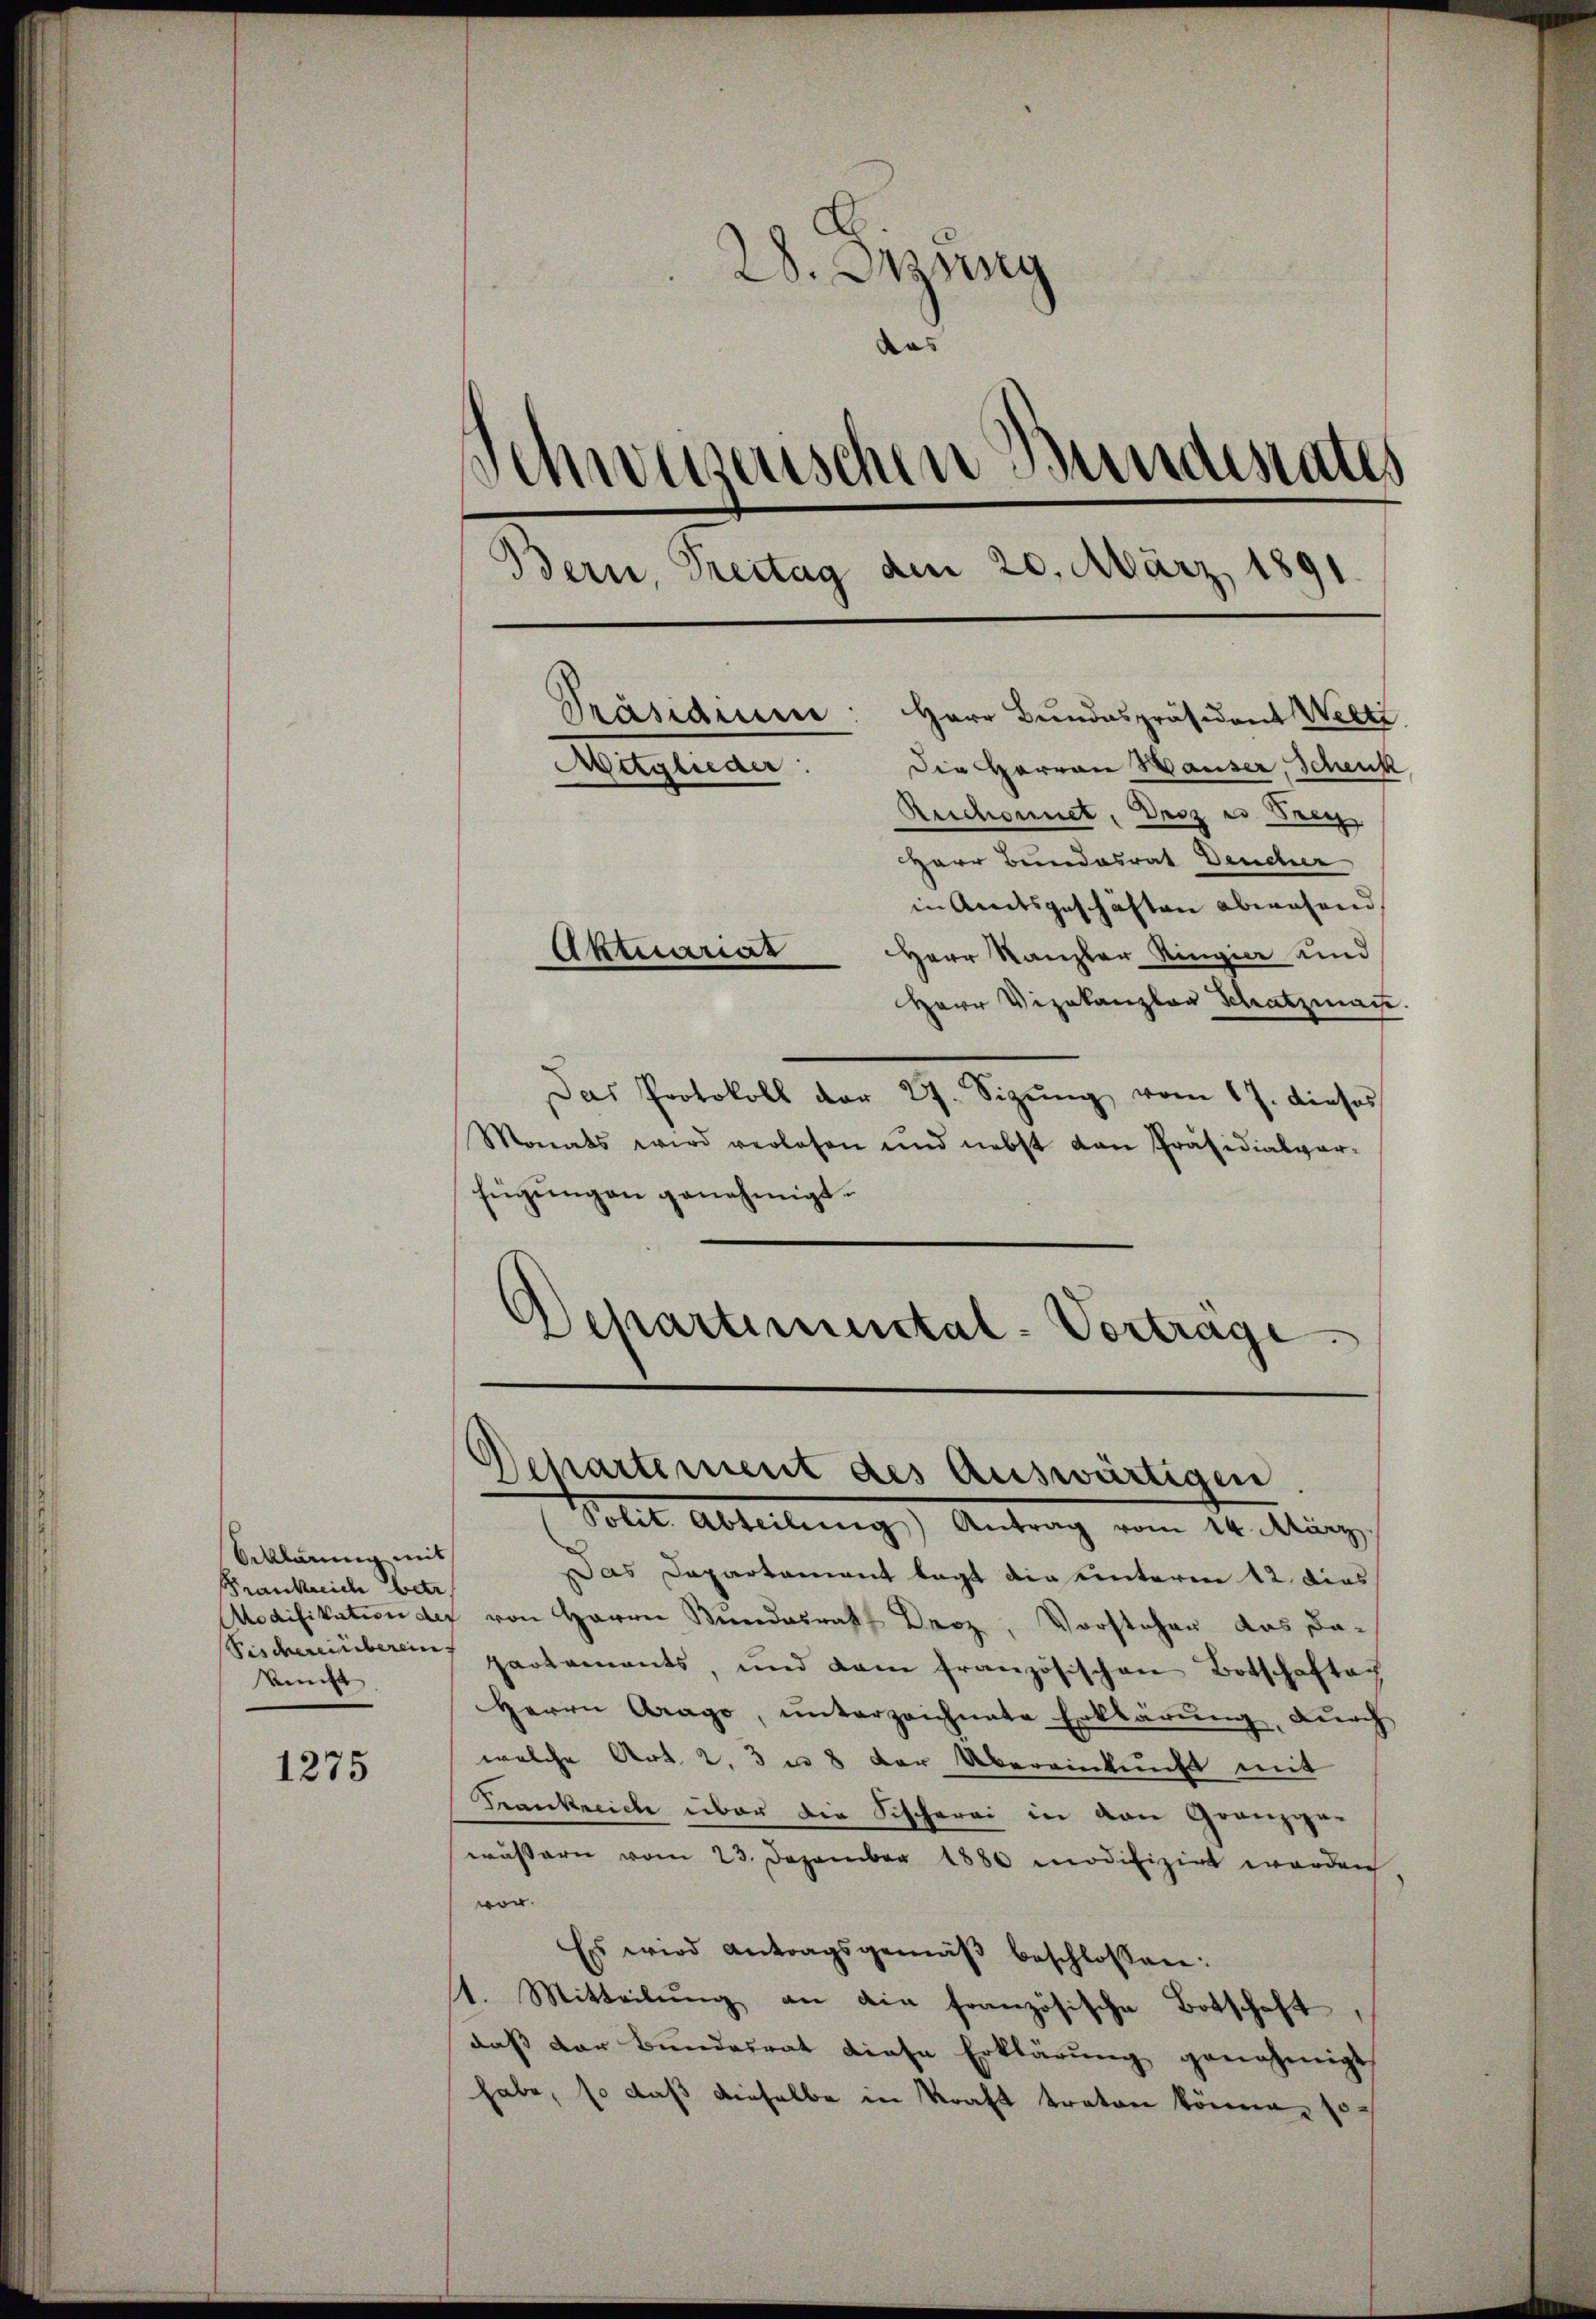
Orklärung mit
Frankreich betr
kunft

1275

28. Jung
das
Schweiserischen Bundesrates
Bern, Treitag den 20. März 1891
Präsidien: Herr Bundespräsident Welti
Mitglieder: Die Herren Hauser, Schenk
Reichennet, Droz es Frey

Herr Bundesrat Deucher
in Amtsgeschäften abwesend,
Herr Kanzler Ringier und
Herr Vizekanzlar Schatzmaie
Das Protokoll der 27. Sizŭng vom 17. dieses
Monats wird verlesen und nebst dan Präsidialver-
fügungen genehmigt.
Departimental-Vortrage

Aktuariat

Departement des auswärtigen
Polit. Abteilung Antrag vom 20. Aug.

Das Departement legt die unterm 12. dies
Modifikation der von Herrn Bundesrath Droz, Vorstehen das Da-
Fischereinberein partaments, und dam französischen Botschaften
Herrn Arago, ŭnterzeichnete Erklärŭng, dŭrch
welche Art. 2. 3 u. 8 der Übereinkunft mit
Frankreich über die Fischerei in von Gränz(...)
wässern vom 23. Dezember 1880 modifizirt worden
vor.
Es wird antragsgemäβ beschlossen:
t. Mitteilŭng an die französische Botschaft,
daß der Bundesrat diese Erklärung genehmigt
habe, so daß dieselbe in Kraft tratore könne, so